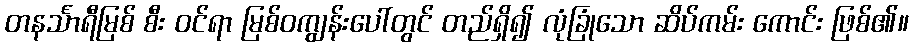
တနင်္သာရီမြစ် စီး ဝင်ရာ မြစ်ဝကျွန်းပေါ်တွင် တည်ရှိ၍ လုံခြုံသော ဆိပ်ကမ်း ကောင်း ဖြစ်၏။